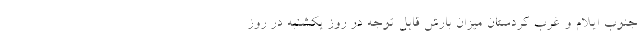
جنوب ایلام و غرب کردستان میزان بارش قابل توجه در روز یکشنبه در روز